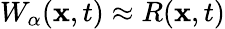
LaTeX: W_{\alpha}(\mathbf{x},t)\approx R(\mathbf{x},t)